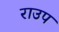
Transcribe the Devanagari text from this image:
राउप